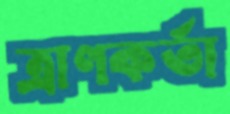
ত্রাণকর্তা